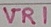
Text: VR1